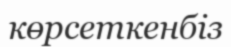
көрсеткенбіз